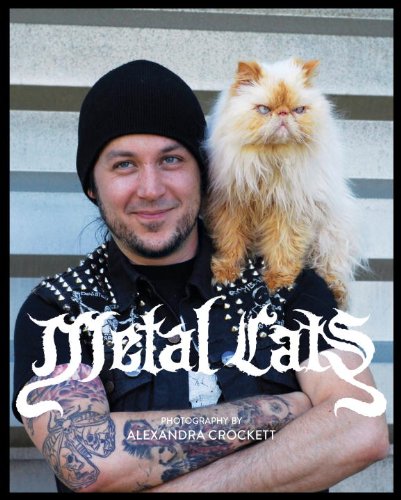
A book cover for Metal Cats; Alexandra Crockett; Humor & Entertainment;